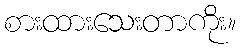
စားထားသေးတာကိုး။